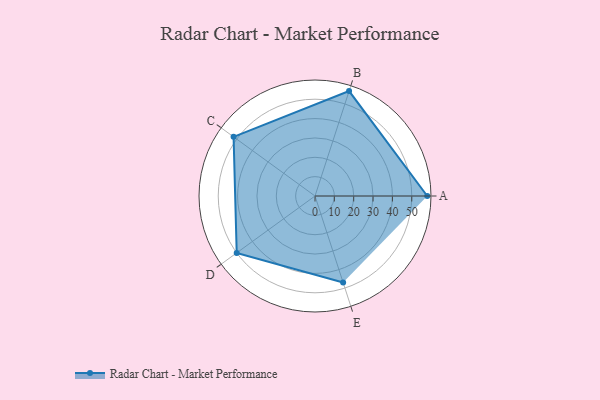
{"axis": {"x": "Skill", "y": "Score"}, "legend": ["Profile"], "data": [{"x": "A", "y": 58.0, "type": "Profile"}, {"x": "B", "y": 57.0, "type": "Profile"}, {"x": "C", "y": 52.0, "type": "Profile"}, {"x": "D", "y": 50.0, "type": "Profile"}, {"x": "E", "y": 47.0, "type": "Profile"}]}